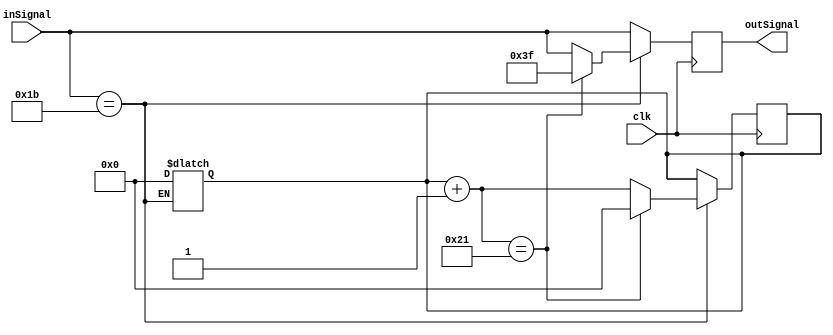
`timescale 1ns/1ns
module ALU_Control( clk, inSignal, outSignal );
  input clk ;
  input [5:0] inSignal ;
  output [5:0] outSignal ;

  reg [5:0] temp ;
  reg [6:0] counter ;
 
  always@( inSignal )
  begin
    if ( inSignal == 6'b011011 )
    begin
      counter = 7'd0 ;
    end

  end

  always@( posedge clk ) begin
    temp = inSignal ;
    if ( inSignal == 6'b011011 ) begin
      counter = counter + 1'b1 ;

      if ( counter == 7'd33 ) begin
        temp = 6'b111111 ; // Open HiLo reg for Div
        counter = 7'd0 ;
      end

    end

  end

  assign outSignal = temp ;

endmodule